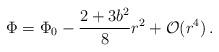
LaTeX: \begin{align*}\Phi = \Phi_0 - \frac{2 + 3 b^2}{8} r^2 + {\cal O}(r^4)\,.\end{align*}